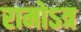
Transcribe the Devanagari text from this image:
रामोऽत्र